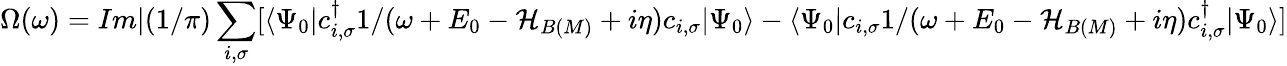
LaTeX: \Omega(\omega)=Im|(1/\pi)\sum_{i,\sigma}[\langle\Psi_{0}|c_{i,\sigma}^{\dagger}{1/(\omega+E_{0}-{\cal H}_{B(M)}+i\eta)}c_{i,\sigma}|\Psi_{0}\rangle-\langle\Psi_{0}|c_{i,\sigma}{1/(\omega+E_{0}-{\cal H}_{B(M)}+i\eta)}c_{i,\sigma}^{\dagger}|\Psi_{0}\rangle]